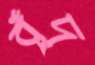
বঁদু